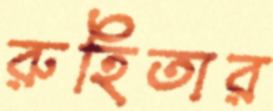
রুহিতার